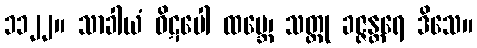
၁၁၂၂။ သာခါယံ ဝိဋပေါ ထမ္ဘေ၊ သတ္တု ခဇ္ဇန္တရေ ဒိသေ။